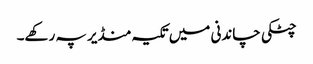
چٹکی چاندنی میں تکیہ منڈیر پہ رکھے۔